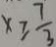
x \geq \frac { 7 } { 3 }